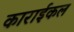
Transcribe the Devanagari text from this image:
काराईकल